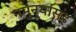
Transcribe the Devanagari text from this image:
नमुन्यांसह